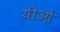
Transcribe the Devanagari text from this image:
यीओ